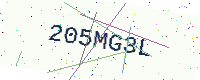
Text: 205MG3L